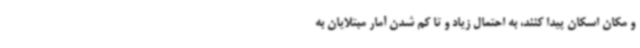
و مکان اسکان پیدا کنند، به احتمال زیاد و تا کم شدن آمار مبتلایان به